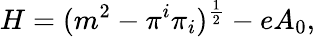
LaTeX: H=(m^{2}-\pi^{i}\pi_{i})^{{\frac{1}{2}}}-eA_{0},